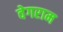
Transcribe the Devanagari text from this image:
वेगराम